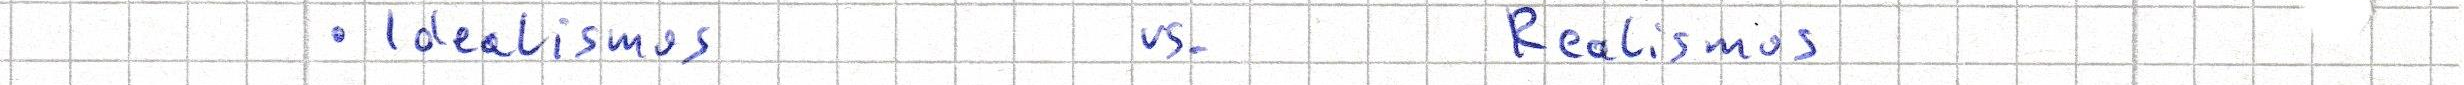
- Idealismus    vs.    Realismus